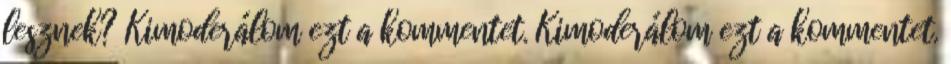
lesznek? Kimoderálom ezt a kommentet. Kimoderálom ezt a kommentet.